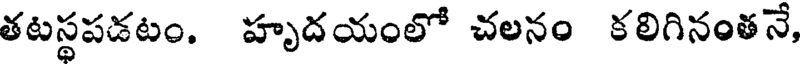
తటస్థపడటం. హృదయంలో చలనం కలిగినంతనే,